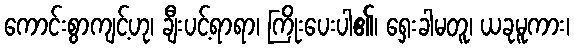
ကောင်းစွာကျင့်ဟု၊ ချီးပင့်ရာရာ၊ ကြိုးပေးပါ၏၊ ရှေးခါမတူ၊ ယခုမူကား၊